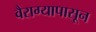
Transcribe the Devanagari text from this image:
वैराग्यापासून